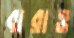
ঝরাও